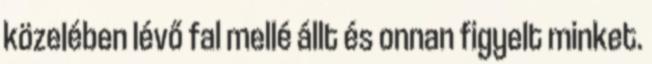
közelében lévő fal mellé állt és onnan figyelt minket.